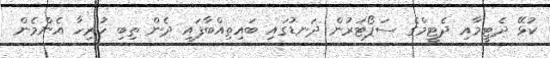
ކުޅޭ ދެޓީމާއި ދެޓީމްގެ ސަޕޯޓަރުން ދަނޑުގައި ބައިތިއްބާފައި ދެން ތިބި ހުރިހާ އެންމެން